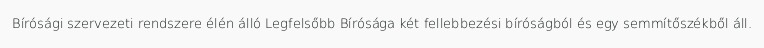
Bírósági szervezeti rendszere élén álló Legfelsőbb Bírósága két fellebbezési bíróságból és egy semmítőszékből áll.